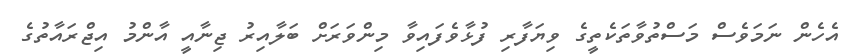
އެހެން ނަމަވެސް މަސްތުވާތަކެތީގެ ވިޔަފާރި ފުޅާވެފައިވާ މިންވަރަށް ބަލާއިރު ޖިިނާއީ އާންމު އިޖްރައާތުގެ